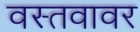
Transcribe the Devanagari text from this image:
वस्तवावर